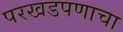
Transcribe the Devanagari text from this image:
परखडपणाचा